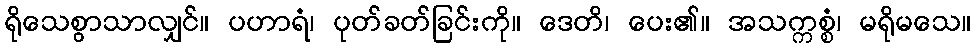
ရိုသေစွာသာလျှင်။ ပဟာရံ၊ ပုတ်ခတ်ခြင်းကို။ ဒေတိ၊ ပေး၏။ အသက္ကစ္စံ၊ မရိုမသေ။